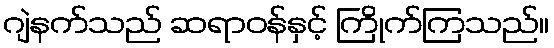
ဂျဲနက်သည် ဆရာဝန်နှင့် ကြိုက်ကြသည်။